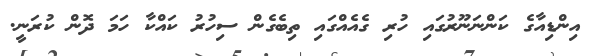
އިންޑިއާގެ ކަންނަނޫރުގައި ހުރި ގެއެއްގައި ތިބެގެން ސިހުރު ކައްކާ ހަމަ ދޮން ކުރަނީ.